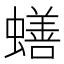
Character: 蟮